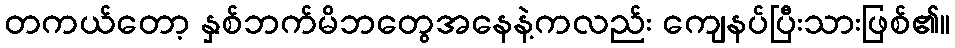
တကယ်တော့ နှစ်ဘက်မိဘတွေအနေနဲ့ကလည်း ကျေနပ်ပြီးသားဖြစ်၏။